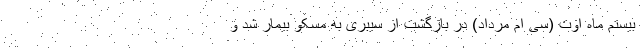
بیستم ماه اوت (سی ام مرداد) در بازگشت از سیبری به مسکو بیمار شد و